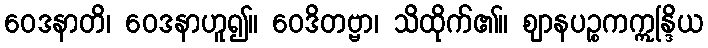
ဝေဒနာတိ၊ ဝေဒနာဟူ၍။ ဝေဒိတဗ္ဗာ၊ သိထိုက်၏။ ဈာနပဉ္စကဣန္ဒြိယ